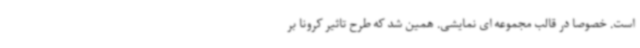
است. خصوصا در قالب مجموعه ای نمایشی. همین شد که طرح تاثیر کرونا بر